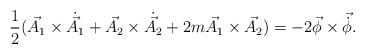
\begin{align*}\frac{1}{2}(\vec{A_{1}}\times{\dot{\vec{A_{1}}}}+\vec{A_{2}}\times\dot{\vec{A_{2}}}+2m\vec{A_{1}}\times\vec{A_{2}})=-2\vec{\phi}\times{\vec{\dot{\phi}}}.\end{align*}